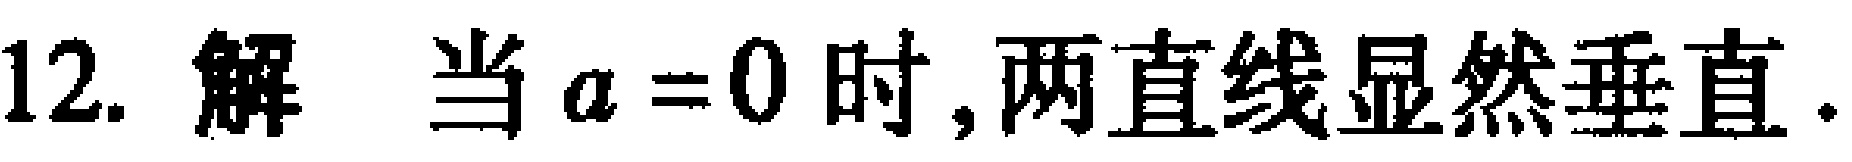
12. 解 当 \(a = 0\) 时,两直线显然垂直.